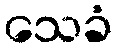
သေခံ